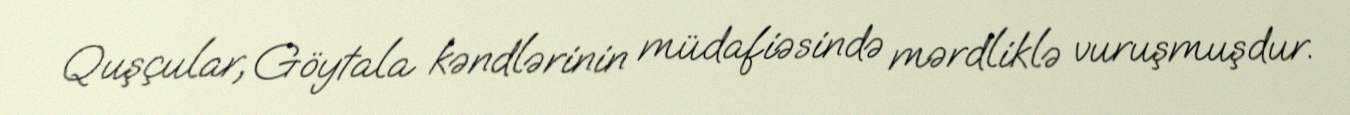
Quşçular, Göytala kəndlərinin müdafiəsində mərdliklə vuruşmuşdur.